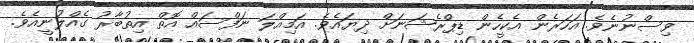
ވިސްނުނެވެ. އަހަރެން އެކީހެން ޑިޕްރެޝަނަށް ދިޔައެވެ. އަމިއްލަ ނަފްސައް އޮތް އިތުބާރު ގެއްލުނީއެވެ.